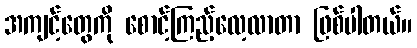
အကျင့်တွေကို စောင့်ကြည့်လေ့လာတာ ဖြစ်ပါတယ်။